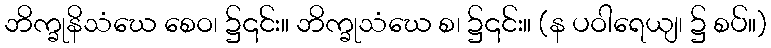
ဘိက္ခုနိသံဃေ စေဝ၊ ၌၎င်း။ ဘိက္ခုသံဃေ စ၊ ၌၎င်း။ (န ပဝါရေယျ၊ ၌ စပ်။)